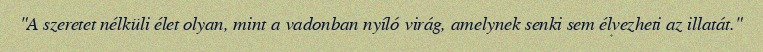
"A szeretet nélküli élet olyan, mint a vadonban nyíló virág, amelynek senki sem élvezheti az illatát."